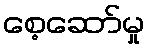
စေ့ဆော်မှု